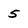
Character: 5